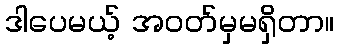
ဒါပေမယ့် အဝတ်မှမရှိတာ။